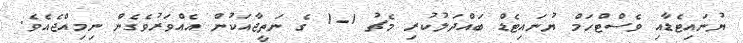
ޔުނައިޓެޑާއި ވެސްޓްހަމް ޔުނައިޓެޑް ބައްދަލުކުރި މެޗު 1-1 ގެ ނަތީޖާއަކުން އެއްވަރުވެގެން ނިމިއްޖެއެވެ.